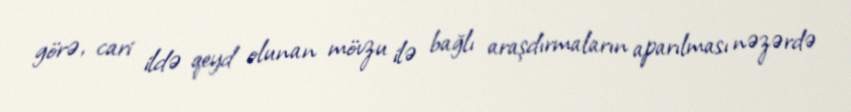
görə, cari ildə qeyd olunan mövzu ilə bağlı araşdırmaların aparılması nəzərdə